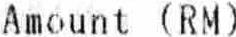
AMOUNT (RM)